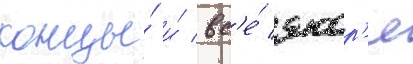
концы́ и́ вс'е́ якор'я